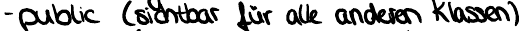
- public (sichtbar für alle anderen Klassen)